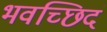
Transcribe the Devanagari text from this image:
भवच्छिदं